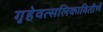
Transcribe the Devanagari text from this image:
गृहेवत्सलिकावितीर्णे